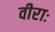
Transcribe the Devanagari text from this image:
वीराः